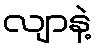
လျာနဲ့